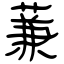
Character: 蒹